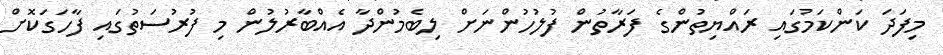
މިފަދަ ކަންކަމުގައި ރައްޔިތުންގެ ފަރާތުން ފުލުހުންނަށް ލިބެމުންދާ އެއްބާރުލުން މި ފުރުސަތުގައި ފާހަގަކޮށް